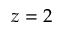
z = 2